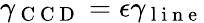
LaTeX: \gamma_{\mathrm{~C~C~D~}}=\epsilon\gamma_{\mathrm{~l~i~n~e~}}